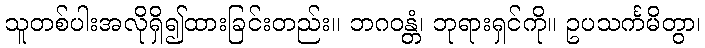
သူတစ်ပါးအလိုရှိ၍ထားခြင်းတည်း။ ဘဂဝန္တံ၊ ဘုရားရှင်ကို။ ဥပသင်္ကမိတွာ၊